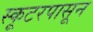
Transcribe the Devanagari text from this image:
स्कूटरपासून